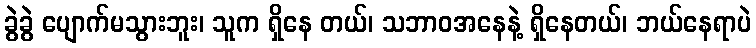
ခွဲခွဲ ပျောက်မသွားဘူး၊ သူက ရှိနေ တယ်၊ သဘာဝအနေနဲ့ ရှိနေတယ်၊ ဘယ်နေရာပဲ